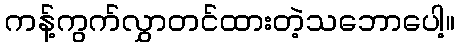
ကန့်ကွက်လွှာတင်ထားတဲ့သဘောပေါ့။